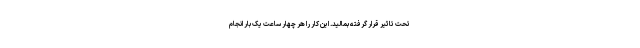
تحت تاثیر قرار گرفته بمالید. این کار را هر چهار ساعت یک بار انجام